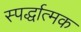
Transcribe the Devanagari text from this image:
स्पर्द्धात्मक